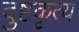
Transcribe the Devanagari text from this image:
दुष्टकृत्य